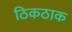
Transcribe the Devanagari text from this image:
ठिकठाक